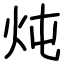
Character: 炖